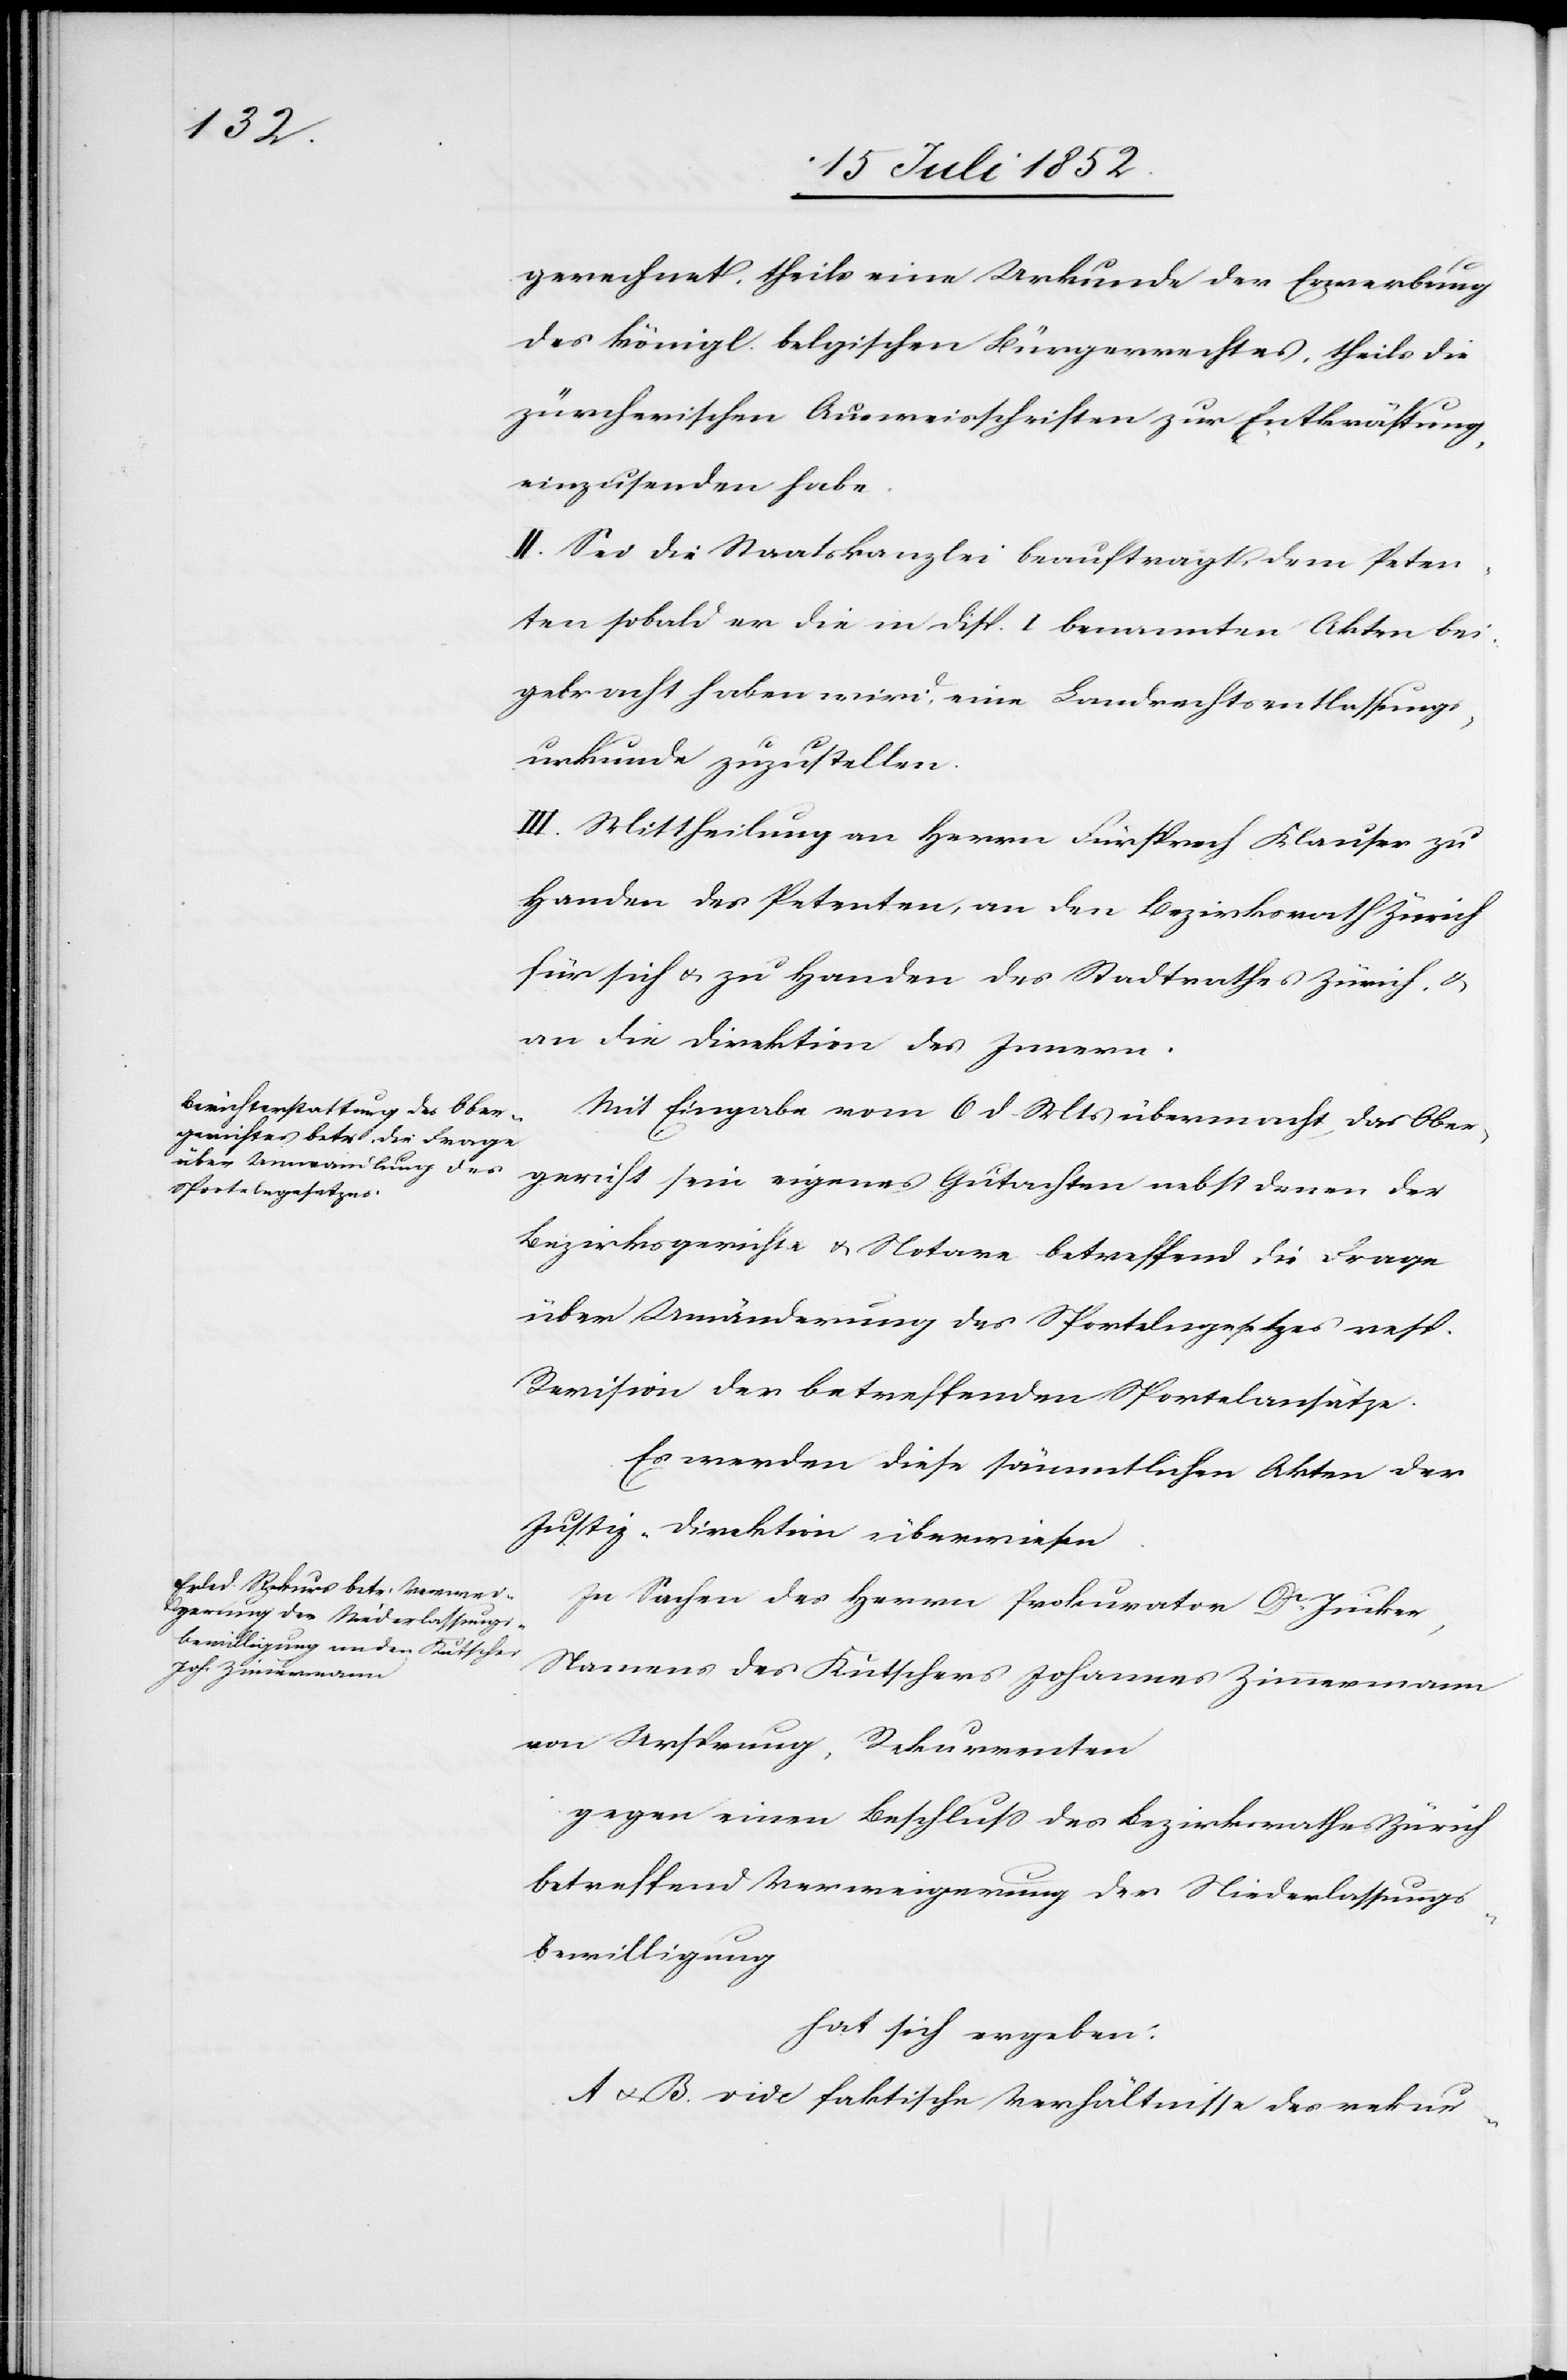
gerechnet, theils eine Urkunde der Erwerbung
des königl. belgischen Bürgerrechtes, theils die
zürcherischen Ausweisschriften zur Entkräftung,
einzusenden habe.
II. Sei die Staatskanzlei beauftragt, dem Peten¬
ten sobald er die in Disp. I benannten Akten bei¬
gebracht haben wird, eine Landrechtsentlassungs¬
urkunde zuzustellen.
III. Mittheilung an Herrn Fürsprech Klauser zu
Handen des Petenten, an den Bezirksrath Zürich
für sich & zu Handen des Stadtrathes Zürich, &
an die Direktion des Innern.
Mit Eingabe vom 6 d. Mts übermacht das Ober¬
gericht sein eigenes Gutachten nebst denen der
Bezirksgerichte & Notare betreffend die Frage
über Umänderung des Sportelngesetzes resp.
Revision der betreffenden Sportelansätze.
Es werden diese sämmtlichen Akten der
Justiz-Direktion überwiesen.
In Sachen des Herrn Prokurator Dr. Jucker,
Namens des Kutschers Johannes Zimmermann
von Ursprung, Rekurrenten
gegen einen Beschluss des Bezirksrathes Zürich
betreffend Verweigerung der Niederlassungs¬
bewilligung
hat sich ergeben:
A & B. vide faktische Verhältnisse des rekur-